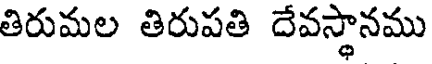
తిరుమల తిరుపతి దేవస్థానము